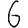
Digit: 6